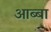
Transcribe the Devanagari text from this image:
आब्बा